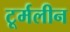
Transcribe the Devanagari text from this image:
टूर्मलीन